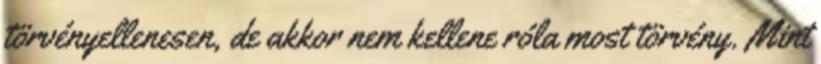
törvényellenesen, de akkor nem kellene róla most törvény. Mint